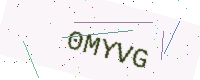
Text: 0MYVG